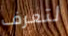
لتعرف